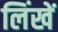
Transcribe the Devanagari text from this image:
लिंखें